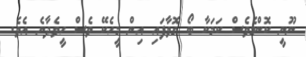
ނޫނީ ކޮންމެވެސް ކަމަކާ ބޯ ގޮވާފައި އިން މީހެކޭ ވެސް ހީވެދާނެ އެވެ.